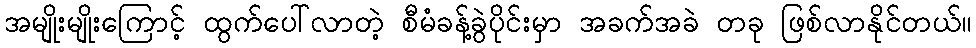
အမျိုးမျိုးကြောင့် ထွက်ပေါ်လာတဲ့ စီမံခန့်ခွဲပိုင်းမှာ အခက်အခဲ တခု ဖြစ်လာနိုင်တယ်။